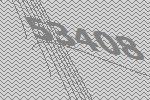
53408